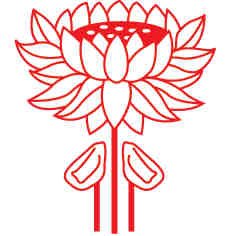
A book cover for The Voyage of Francois Pyrard of Laval to the East Indies, the Maldives, the Moluccas and Brazil, 3 Vols.; Albert Gray; Travel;